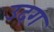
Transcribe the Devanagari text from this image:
उदग